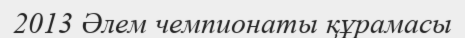
2013 Əлем чемпионаты құрамасы